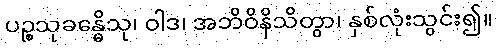
ပဉ္စသုခန္ဓေိသု၊ ဝါဒ၊ အဘိဝိနိသိတွာ၊ နှစ်လုံးသွင်း၍။